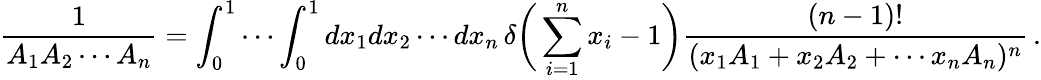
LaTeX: \frac{1}{A_{1}A_{2}\cdots A_{n}}=\int_{0}^{1}\cdots\int_{0}^{1}dx_{1}dx_{2}\cdots dx_{n}\, \delta\bigg(\sum_{i=1}^{n}x_{i}-1\bigg)\frac{(n-1)!}{(x_{1}A_{1}+x_{2}A_{2}+\cdots x_{n}A_{n})^{n}}\, .